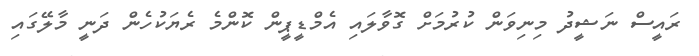
ރައީސް ނަޝީދު މިނިވަން ކުރުމަށް ގޮވާލައި އެމްޑީޕީން ކޮންމެ ރެޔަކުހެން ދަނީ މާލޭގައި